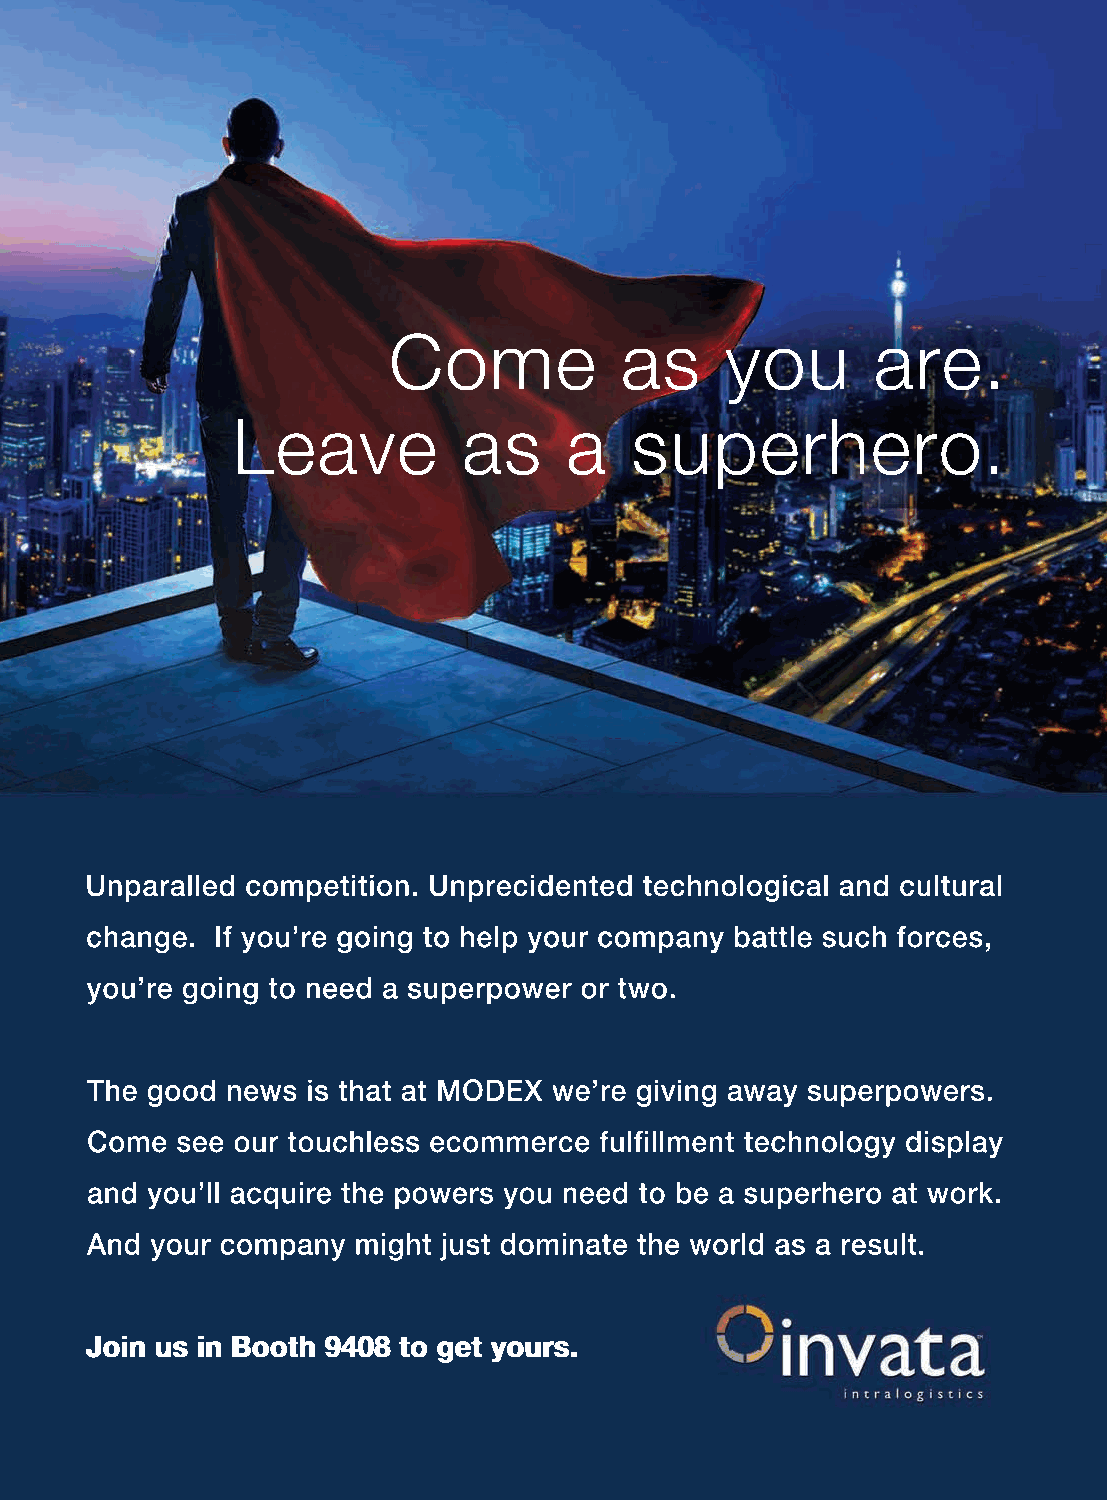
CCoommee       aass   yyoouu    aarree..
 LLeeaavvee      aass  aa   ssuuppeerrhheerroo..
 Unparalled competition. Unprecidented technological and cultural
 change. If you’re going to help your company battle such forces,
 you’re going to need a superpower or two.
 The good news is that at MODEX we’re giving away superpowers.
 Come  see our touchless ecommerce fulfillment technology display
 and you’ll acquire the powers you need to be a superhero at work.
 And your company might just dominate the world as a result.
 JJooiinn uuss iinn BBooootthh 99440088 ttoo ggeett yyoouurrss..
 17 MODEX 2020